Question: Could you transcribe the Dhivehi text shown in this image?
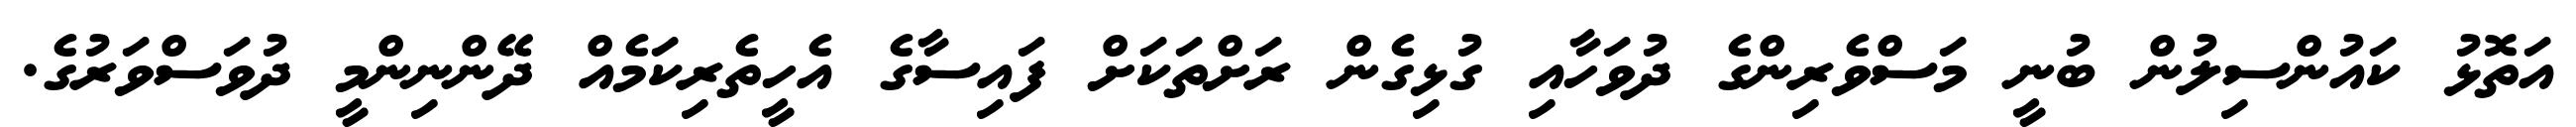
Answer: އަތޮޅު ކައުންސިލުން ބުނީ މަސްވެރިންގެ ދުވަހާއި ގުޅިގެން ރަށްތަކަށް ފައިސާގެ އެހީތެރިކަމެއް ދޭންނިންމީ ދުވަސްވަރުގެ.